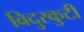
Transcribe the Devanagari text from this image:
विदुरकुटी